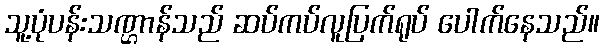
သူ့ပုံပန်းသဏ္ဌာန်သည် ဆပ်ကပ်လူပြက်ရုပ် ပေါက်နေသည်။